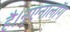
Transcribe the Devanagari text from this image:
है।न्एनालॉग